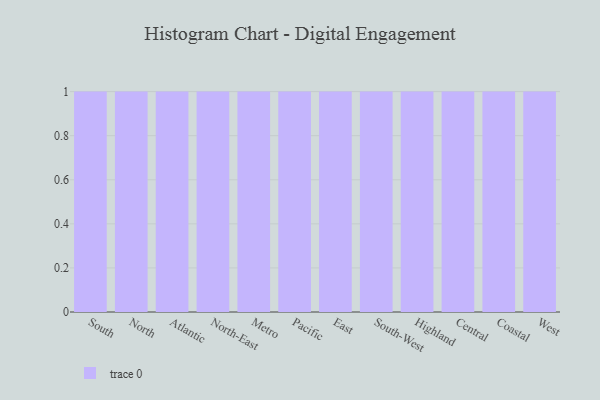
{"axis": {"x": "Region", "y": "Bounce Rate (%)"}, "legend": [""], "data": [{"x": "South", "y": 97, "type": ""}, {"x": "North", "y": 32, "type": ""}, {"x": "Atlantic", "y": 44, "type": ""}, {"x": "North-East", "y": 84, "type": ""}, {"x": "Metro", "y": 29, "type": ""}, {"x": "Pacific", "y": 98, "type": ""}, {"x": "East", "y": 72, "type": ""}, {"x": "South-West", "y": 83, "type": ""}, {"x": "Highland", "y": 5, "type": ""}, {"x": "Central", "y": 44, "type": ""}, {"x": "Coastal", "y": 68, "type": ""}, {"x": "West", "y": 11, "type": ""}]}